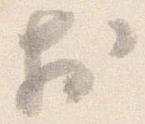
於